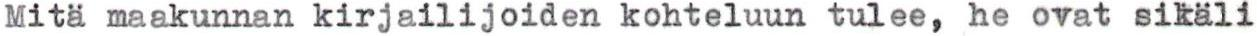
Mitä maakunnan kirjailijoiden kohteluun tulee, he ovat sikäli